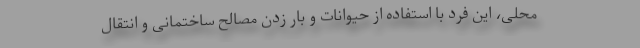
محلی، این فرد با استفاده از حیوانات و بار زدن مصالح ساختمانی و انتقال